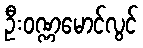
ဦးဝဏ္ဏမောင်လွင်